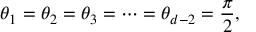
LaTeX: \theta _ { 1 } = \theta _ { 2 } = \theta _ { 3 } = \cdots = \theta _ { d - 2 } = \frac { \pi } { 2 } ,